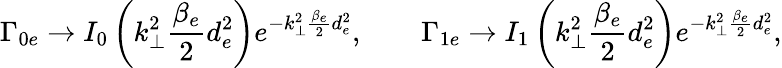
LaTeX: \Gamma_{0e}\rightarrow I_{0}\left(k_{\perp}^{2}\frac{\beta_{e}}{2}d_{e}^{2}\right)e^{-k_{\perp}^{2}\frac{\beta_{e}}{2}d_{e}^{2}},\qquad\Gamma_{1e}\rightarrow I_{1}\left(k_{\perp}^{2}\frac{\beta_{e}}{2}d_{e}^{2}\right)e^{-k_{\perp}^{2}\frac{\beta_{e}}{2}d_{e}^{2}},